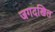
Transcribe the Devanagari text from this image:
जगदखिल